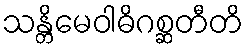
သန္တိမေဝါဓိဂစ္ဆတီတိ